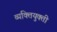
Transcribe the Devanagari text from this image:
व्यक्तियुक्ती